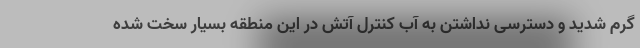
گرم شدید و دسترسی نداشتن به آب کنترل آتش در این منطقه بسیار سخت شده